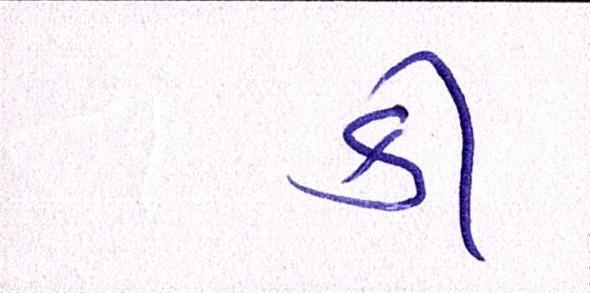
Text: કી